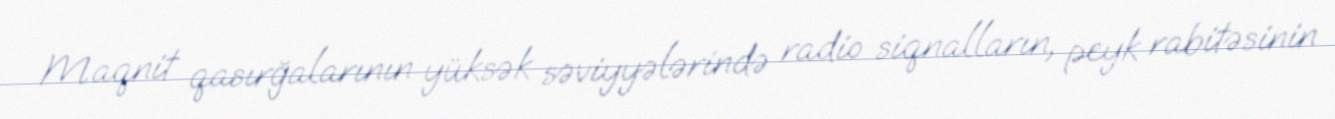
Maqnit qasırğalarının yüksək səviyyələrində radio siqnalların, peyk rabitəsinin